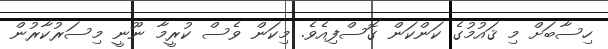
ހިސާބަށް މި ޤައުމުގެ ކަންކަން ގޮސްފިއެވެ. މިކަން ވެސް ކުރީމާ ނޫނީ މިސަރުކާރުން